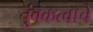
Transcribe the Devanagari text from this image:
चुंबकत्वाचे